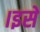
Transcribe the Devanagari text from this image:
।इसे